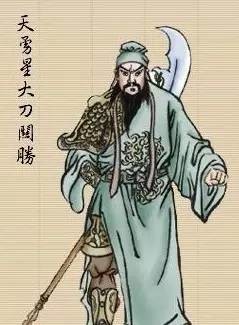
满月飞明镜，归心折大刀。